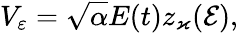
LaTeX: V_{\varepsilon}=\sqrt{\alpha}E(t)z_{\varkappa}(\mathcal{E}),